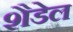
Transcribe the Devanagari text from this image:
शैडेल